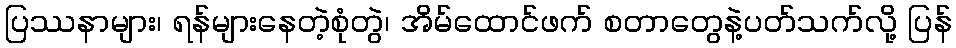
ပြဿနာများ၊ ရန်များနေတဲ့စုံတွဲ၊ အိမ်ထောင်ဖက် စတာတွေနဲ့ပတ်သက်လို့ ပြန်